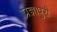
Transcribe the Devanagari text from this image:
प्रज्ञापुरी